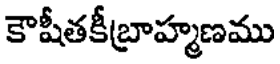
కౌషీతకీబ్రాహ్మణము